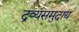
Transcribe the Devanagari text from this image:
द्रव्यसमुदाय